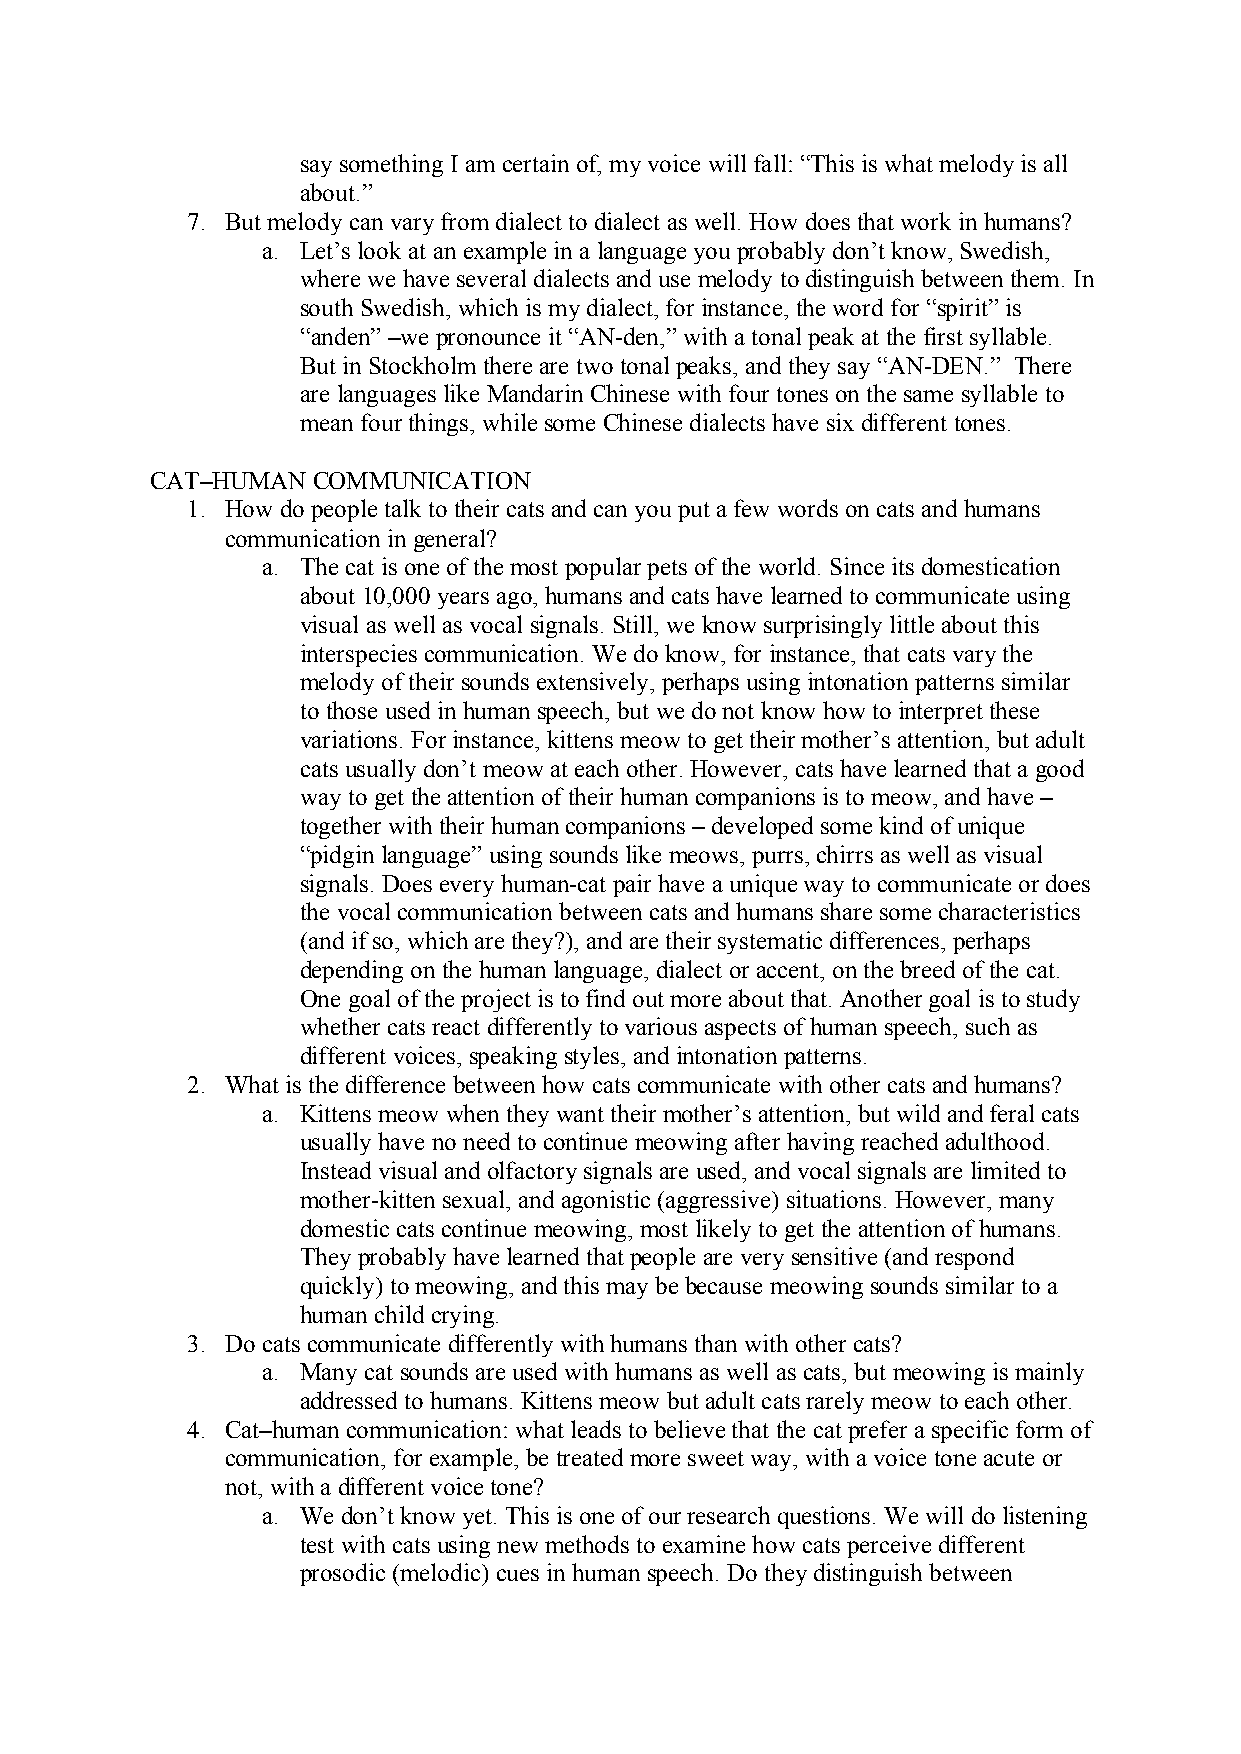
say something I am certain of, my voice will fall: “This is what melody is all
 about.”
 7. But melody can vary from dialect to dialect as well. How does that work in humans?
 a. Let’s look at an example in a language you probably don’t know, Swedish,
 where we have several dialects and use melody to distinguish between them. In
 south Swedish, which is my dialect, for instance, the word for “spirit” is
 “anden” –we pronounce it “AN-den,” with a tonal peak at the first syllable.
 But in Stockholm there are two tonal peaks, and they say “AN-DEN.” There
 are languages like Mandarin Chinese with four tones on the same syllable to
 mean four things, while some Chinese dialects have six different tones.
 CAT–HUMAN  COMMUNICATION
 1. How do people talk to their cats and can you put a few words on cats and humans
 communication in general?
 a. The cat is one of the most popular pets of the world. Since its domestication
 about 10,000 years ago, humans and cats have learned to communicate using
 visual as well as vocal signals. Still, we know surprisingly little about this
 interspecies communication. We do know, for instance, that cats vary the
 melody of their sounds extensively, perhaps using intonation patterns similar
 to those used in human speech, but we do not know how to interpret these
 variations. For instance, kittens meow to get their mother’s attention, but adult
 cats usually don’t meow at each other. However, cats have learned that a good
 way to get the attention of their human companions is to meow, and have –
 together with their human companions – developed some kind of unique
 “pidgin language” using sounds like meows, purrs, chirrs as well as visual
 signals. Does every human-cat pair have a unique way to communicate or does
 the vocal communication between cats and humans share some characteristics
 (and if so, which are they?), and are their systematic differences, perhaps
 depending on the human language, dialect or accent, on the breed of the cat.
 One goal of the project is to find out more about that. Another goal is to study
 whether cats react differently to various aspects of human speech, such as
 different voices, speaking styles, and intonation patterns.
 2. What is the difference between how cats communicate with other cats and humans?
 a. Kittens meow when they want their mother’s attention, but wild and feral cats
 usually have no need to continue meowing after having reached adulthood.
 Instead visual and olfactory signals are used, and vocal signals are limited to
 mother-kitten sexual, and agonistic (aggressive) situations. However, many
 domestic cats continue meowing, most likely to get the attention of humans.
 They probably have learned that people are very sensitive (and respond
 quickly) to meowing, and this may be because meowing sounds similar to a
 human child crying.
 3. Do cats communicate differently with humans than with other cats?
 a. Many cat sounds are used with humans as well as cats, but meowing is mainly
 addressed to humans. Kittens meow but adult cats rarely meow to each other.
 4. Cat–human communication: what leads to believe that the cat prefer a specific form of
 communication, for example, be treated more sweet way, with a voice tone acute or
 not, with a different voice tone?
 a. We don’t know yet. This is one of our research questions. We will do listening
 test with cats using new methods to examine how cats perceive different
 prosodic (melodic) cues in human speech. Do they distinguish between